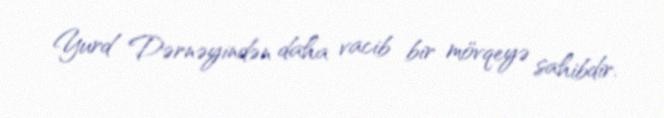
Yurd Dərnəyindən daha vacib bir mövqeyə sahibdir.